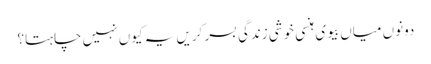
دونوں میاں بیوی ہنسی خوشی زندگی بسر کریں یہ کیوں نہیں چاہتا؟